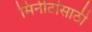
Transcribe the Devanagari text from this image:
मिनीटांसाठी